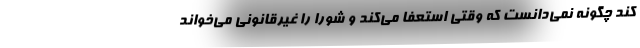
کند چگونه نمی‌دانست که وقتی استعفا می‌کند و شورا را غیرقانونی می‌خواند